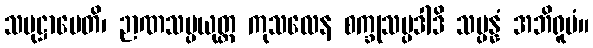
သမုဋ္ဌာပေတိ၊ ဉာဏသမ္ပယုတ္တ ကုသလေန စက္ခုသမ္ပဒါဒိ သမ္ပန္နံ အဘိရူပံ။